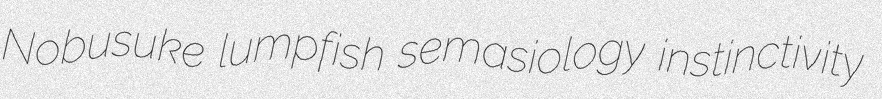
Nobusuke lumpfish semasiology instinctivity